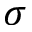
\sigma